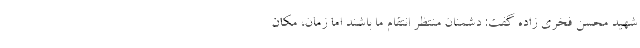
شهید محسن فخری زاده گفت: دشمنان منتظر انتقام ما باشند اما زمان، مکان